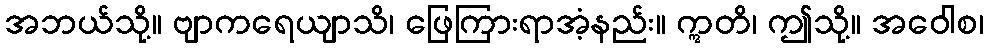
အဘယ်သို့။ ဗျာကရေယျာသိ၊ ဖြေကြားရာအံ့နည်း။ ဣတိ၊ ဤသို့။ အဝေါစ၊